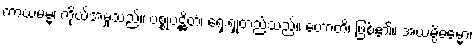
ကာယမမ္မံ၊ ကိုယ်အမှုသည်။ ပစ္စုပဋ္ဌိတံ၊ ရှေးရှုတည်သည်။ ဟောတိ၊ ဖြစ်၏။ အယမ္ပိဓမ္မော၊